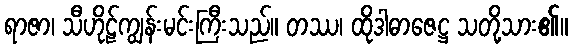
ရာဇာ၊ သီဟိုဠ်ကျွန်းမင်းကြီးသည်။ တဿ၊ ထိုဒါဓာဇေဋ္ဌ သတို့သား၏။